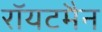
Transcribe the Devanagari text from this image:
रॉयटमैन